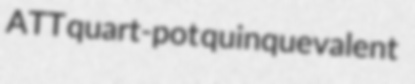
ATT quart-pot quinquevalent